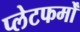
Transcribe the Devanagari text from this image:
प्‍लेटफर्मों